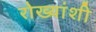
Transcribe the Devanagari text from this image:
रोख्यांशी